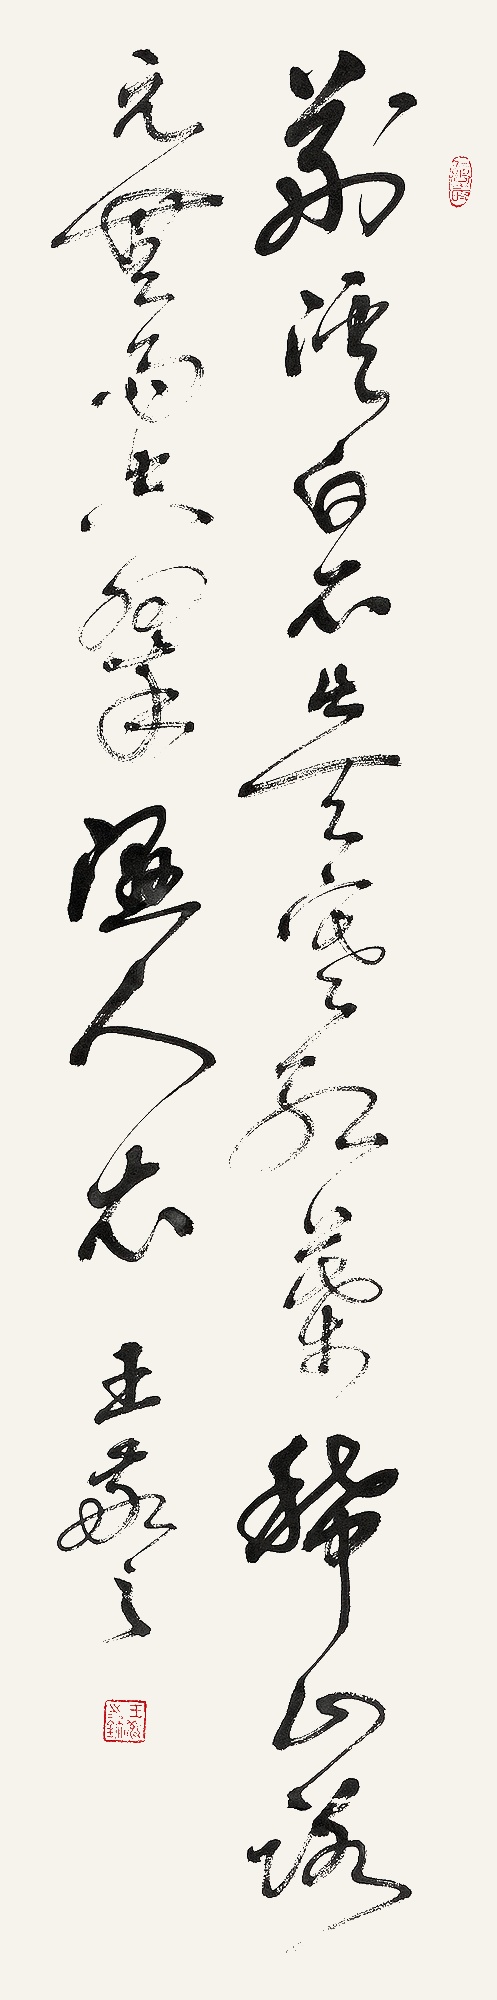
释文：荆溪白石出，天寒红叶稀。山路元无雨，空翠湿人衣。王敬之。